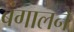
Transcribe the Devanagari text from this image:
बंगालने